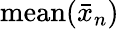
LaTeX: \mathrm{mean}(\bar{x}_{n})